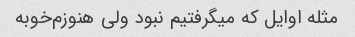
مثله اوایل که میگرفتیم نبود ولی هنوزم‌خوبه